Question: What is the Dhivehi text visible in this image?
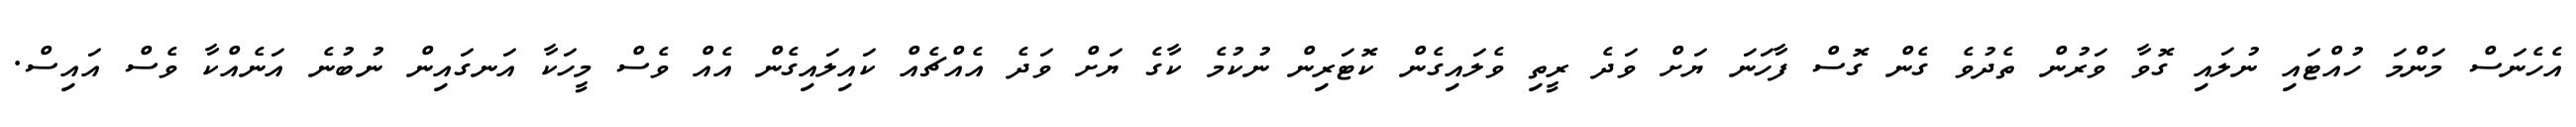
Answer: އެހެނަސް މަންމަ ހުއްޓައި ނުލައި ގޮވާ ވަރުން ތެދުވެ ގެން ގޮސް ފާހަނަ ޔަށް ވަދެ ރީތި ވެލައިގެން ކޮޓަރިން ނުކުމެ ކާގެ ޔަށް ވަދެ އެއްޗެއް ކައިލައިގެން އެއް ވެސް މީހަކާ އަނގައިން ނުބުނެ އަނެއްކާ ވެސް އައިސް.